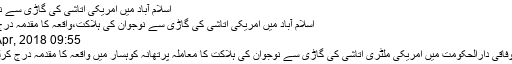
اسلام آباد میں امریکی اتاشی کی گاڑی سے نوجوان کی
اسلام آباد میں امریکی اتاشی کی گاڑی سے نوجوان کی ہلاکت،واقعہ کا مقدمہ درج کرلیا گیا
09:55 AM, 8 Apr, 2018
اسلام آباد:وفاقی دارالحکومت میں امریکی ملٹری اتاشی کی گاڑی سے نوجوان کی ہلاکت کا معاملہ پرتھانہ کوہسار میں واقعہ کا مقدمہ درج کرلیا گیا ہے۔